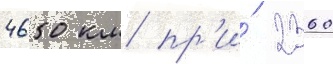
4650 км пр'и́ 2360